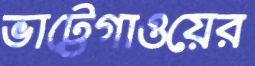
ভাট্টেগাওয়ের